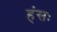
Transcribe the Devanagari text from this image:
हंसः